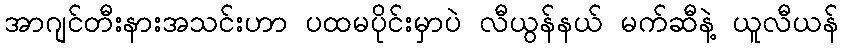
အာဂျင်တီးနားအသင်းဟာ ပထမပိုင်းမှာပဲ လီယွန်နယ် မက်ဆီနဲ့ ယူလီယန်